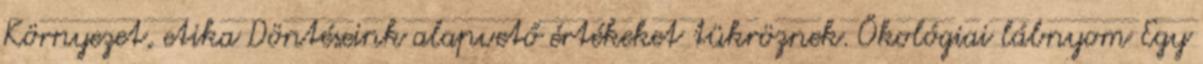
Környezet, etika Döntéseink alapvető értékeket tükröznek. Ökológiai lábnyom Egy